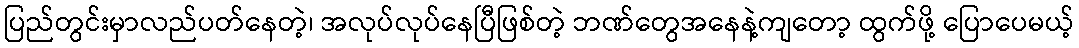
ပြည်တွင်းမှာလည်ပတ်နေတဲ့၊ အလုပ်လုပ်နေပြီဖြစ်တဲ့ ဘဏ်တွေအနေနဲ့ကျတော့ ထွက်ဖို့ ပြောပေမယ့်